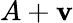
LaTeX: A+\mathbf{v}